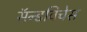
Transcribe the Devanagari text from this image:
सॅन्डविचेस